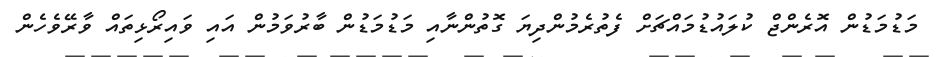
މަޑުމަޑުން އޮރެންޖް ކުލައުޑުމައްޗަށް ފެތުރެމުންދިޔަ ގޮތުންނާއި މަޑުމަޑުން ބާރުވަމުން އައި ވައިރޯޅިތައް ވާރޭވެހެން